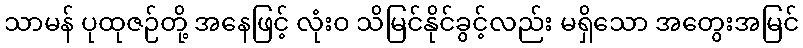
သာမန် ပုထုဇဉ်တို့ အနေဖြင့် လုံးဝ သိမြင်နိုင်ခွင့်လည်း မရှိသော အတွေးအမြင်